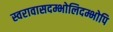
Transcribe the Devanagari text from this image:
स्वरावासदम्भोलिदम्भोपि